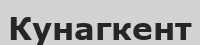
Кунагкент